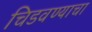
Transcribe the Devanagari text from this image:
चिडवण्याचा